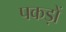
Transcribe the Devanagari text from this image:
पकड़ों